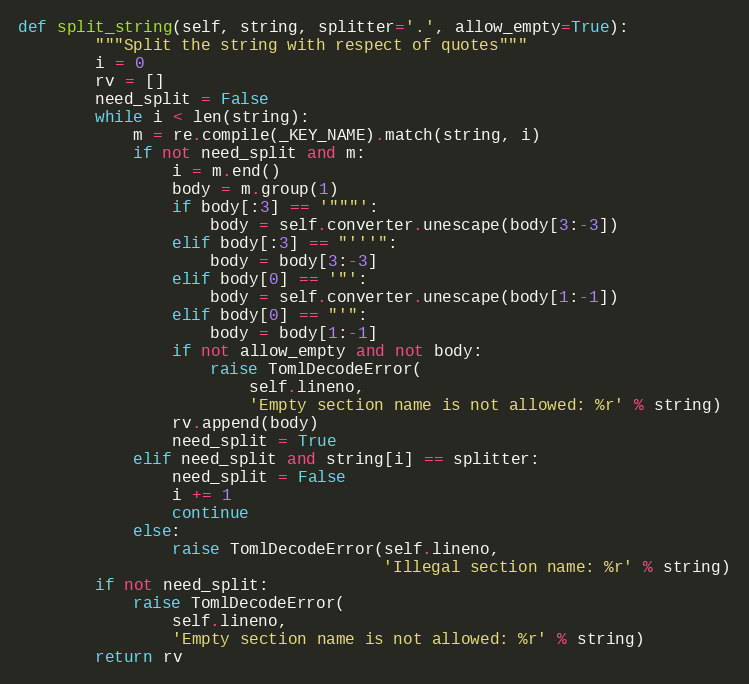
Language: Python
def split_string(self, string, splitter='.', allow_empty=True):
        """Split the string with respect of quotes"""
        i = 0
        rv = []
        need_split = False
        while i < len(string):
            m = re.compile(_KEY_NAME).match(string, i)
            if not need_split and m:
                i = m.end()
                body = m.group(1)
                if body[:3] == '"""':
                    body = self.converter.unescape(body[3:-3])
                elif body[:3] == "'''":
                    body = body[3:-3]
                elif body[0] == '"':
                    body = self.converter.unescape(body[1:-1])
                elif body[0] == "'":
                    body = body[1:-1]
                if not allow_empty and not body:
                    raise TomlDecodeError(
                        self.lineno,
                        'Empty section name is not allowed: %r' % string)
                rv.append(body)
                need_split = True
            elif need_split and string[i] == splitter:
                need_split = False
                i += 1
                continue
            else:
                raise TomlDecodeError(self.lineno,
                                      'Illegal section name: %r' % string)
        if not need_split:
            raise TomlDecodeError(
                self.lineno,
                'Empty section name is not allowed: %r' % string)
        return rv